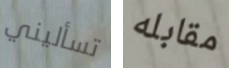
تسأليني مقابله